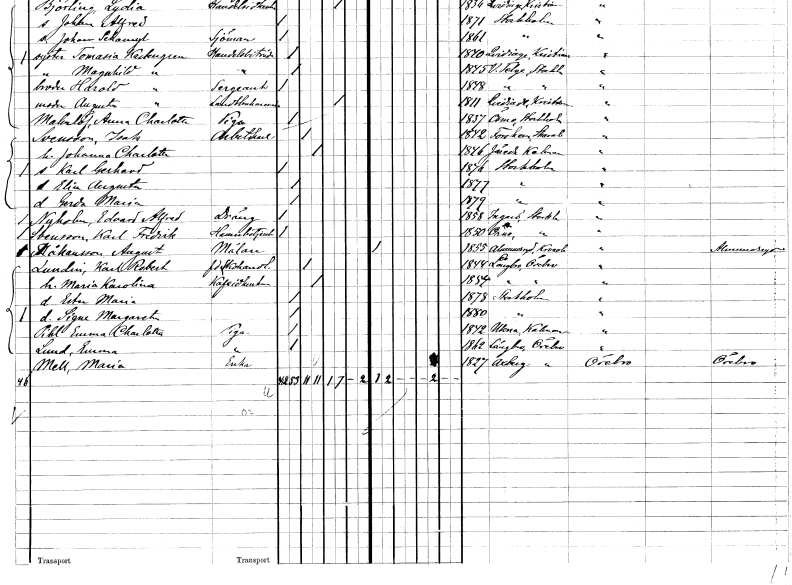
gt_parse: households: individuals: FN: Karl Gerhard
KON: M
CIV: O
FODAR: 1876
FODFORS: Stockholm
FN: Elin Augusta
KON: K
CIV: O
FODAR: 1877
FODFORS: Stockholm
FN: Gerda Maria
KON: K
CIV: O
FODAR: 1879
FODFORS: Stockholm
FN: Edvard Alfred
EN: Nyholm
YRKE: Dräng
KON: M
CIV: O
FODAR: 1858
FODFORS: Ingarö Stockholms län
FN: Karl Fredrik
EN: Svensson
YRKE: Hamnbetjänt
KON: M
CIV: O
FODAR: 1850
FODFORS: Ornö Stockholms län
FN: August
EN: Håkansson
YRKE: Målare
KON: M
CIV: O
FODAR: 1855
FODFORS: Almundsryd Kronobergs län
FN: Karl Robert
EN: Lundin
YRKE: Skohandlare f.d.
KON: M
CIV: G
FODAR: 1844
FODFORS: Längbro Örebro län
FN: Maria Karolina
YRKE: Kaféidkerska
KON: K
CIV: G
FODAR: 1854
FODFORS: Längbro Örebro län
FN: Ester Maria
KON: K
CIV: O
FODAR: 1878
FODFORS: Stockholm
FN: Signe Margareta
KON: K
CIV: O
FODAR: 1880
FODFORS: Stockholm
FN: Emma Charlotta
EN: Pihl
YRKE: Piga
KON: K
CIV: O
FODAR: 1842
FODFORS: Ukna Kalmar län
FN: Emma
EN: Lund
YRKE: Piga
KON: K
CIV: O
FODAR: 1862
FODFORS: Längbro Örebro län
FN: Maria
EN: Mell
YRKE: Änka
KON: K
CIV: E
FODAR: 1827
FODFORS: Axberg Örebro län